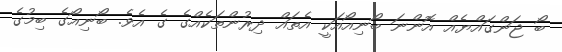
ބޯ ޖަންގައްޔެއް އޮންނަ ބޯނިއޯއަކީ އެތައް ދިރުންތަކެއްގެ ގެ އެވެ. ބޯނިއޯގެ ބިމުގެ